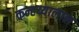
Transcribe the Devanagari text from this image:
कन्हय्यालाल